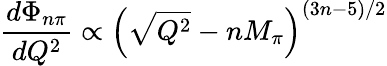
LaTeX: \frac{d\Phi_{n\pi}}{dQ^{2}}\propto\Big(\sqrt{Q^{2}}-nM_{\pi}\Big)^{(3n-5)/2}